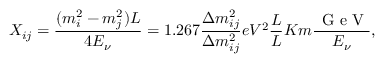
X _ { i j } = \frac { ( m _ { i } ^ { 2 } - m _ { j } ^ { 2 } ) L } { 4 E _ { \nu } } = 1 . 2 6 7 \frac { \Delta m _ { i j } ^ { 2 } } { \Delta m _ { i j } ^ { 2 } } { e V ^ { 2 } } \frac { L } { L } { K m } \frac { \, \mathrm { ~ G ~ e ~ V ~ } } { E _ { \nu } } ,